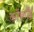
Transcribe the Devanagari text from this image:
कोर्च्नोई